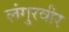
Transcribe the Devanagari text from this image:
लंगुरवीर